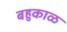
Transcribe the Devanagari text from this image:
बहुकाळ